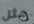
مثل